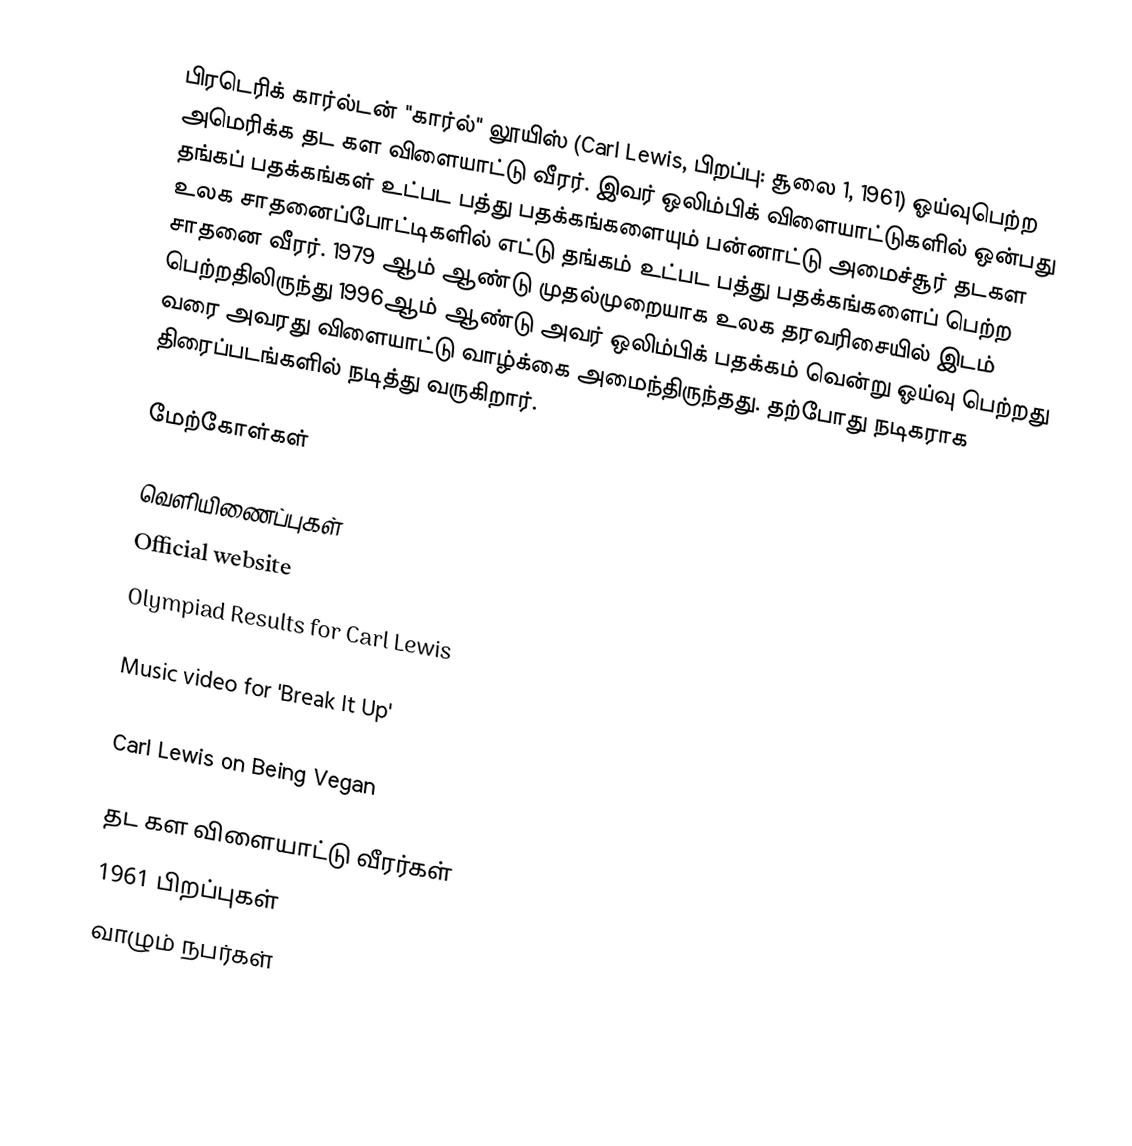
பிரடெரிக் கார்ல்டன்  "கார்ல்" லூயிஸ் (Carl Lewis, பிறப்பு: சூலை 1, 1961) ஓய்வுபெற்ற அமெரிக்க தட கள விளையாட்டு வீரர். இவர் ஒலிம்பிக் விளையாட்டுகளில் ஒன்பது தங்கப் பதக்கங்கள் உட்பட பத்து பதக்கங்களையும் பன்னாட்டு அமைச்சூர் தடகள உலக சாதனைப்போட்டிகளில் எட்டு தங்கம் உட்பட பத்து பதக்கங்களைப் பெற்ற சாதனை வீரர். 1979 ஆம் ஆண்டு முதல்முறையாக உலக தரவரிசையில் இடம் பெற்றதிலிருந்து 1996ஆம் ஆண்டு அவர் ஒலிம்பிக் பதக்கம் வென்று ஓய்வு பெற்றது வரை அவரது விளையாட்டு வாழ்க்கை அமைந்திருந்தது. தற்போது நடிகராக திரைப்படங்களில் நடித்து வருகிறார்.

மேற்கோள்கள்

வெளியிணைப்புகள்
 Official website
 Olympiad Results for Carl Lewis

Music video for 'Break It Up'
 Guardian  story about Lewis and alleged USOC doping cover-up
 Carl Lewis on Being Vegan

தட கள விளையாட்டு வீரர்கள்
1961 பிறப்புகள்
வாழும் நபர்கள்